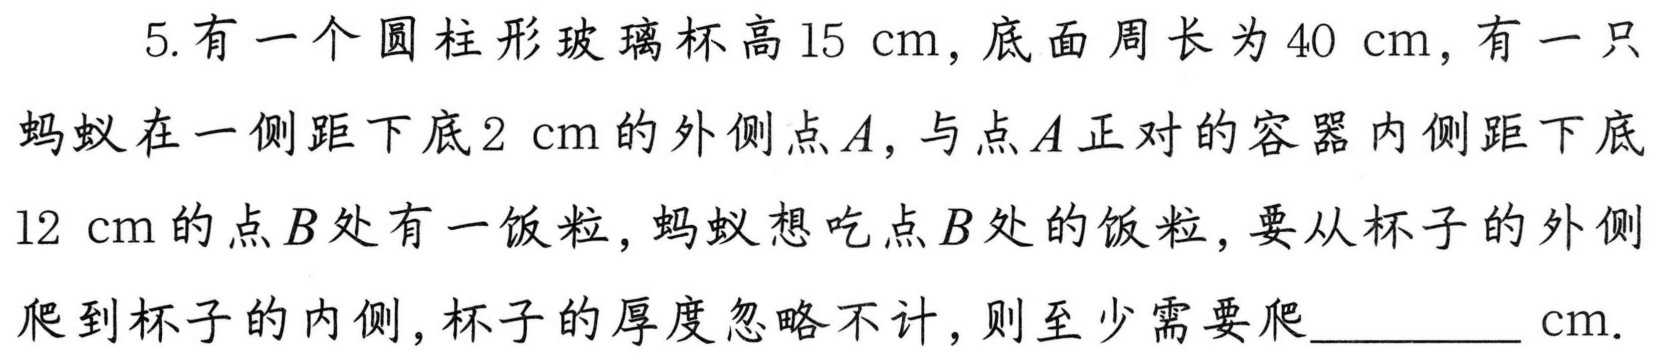
5. 有一个圆柱形玻璃杯高\(15\ \mathrm{cm}\)，底面周长为\(40\ \mathrm{cm}\)，有一只蚂蚁在一侧距下底\(2\ \mathrm{cm}\)的外侧点\(A\)，与点\(A\)正对的容器内侧距下底\(12\ \mathrm{cm}\)的点\(B\)处有一饭粒，蚂蚁想吃点\(B\)处的饭粒，要从杯子的外侧爬到杯子的内侧，杯子的厚度忽略不计，则至少需要爬________ \(\mathrm{cm}\).